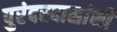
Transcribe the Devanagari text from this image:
पुरंदरदासांनी